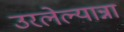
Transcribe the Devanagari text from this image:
उरलेल्यान्ना